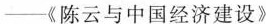
——《陈云与中国经济建设》